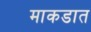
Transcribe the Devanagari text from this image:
माकडात